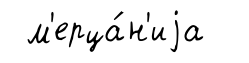
м'ерца́н'иjа